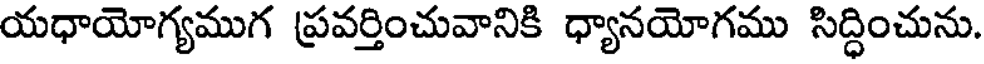
యధాయోగ్యముగ ప్రవర్తించువానికి ధ్యానయోగము సిద్ధించును.